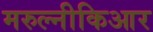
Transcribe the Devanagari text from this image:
मरुल्नीकिआर